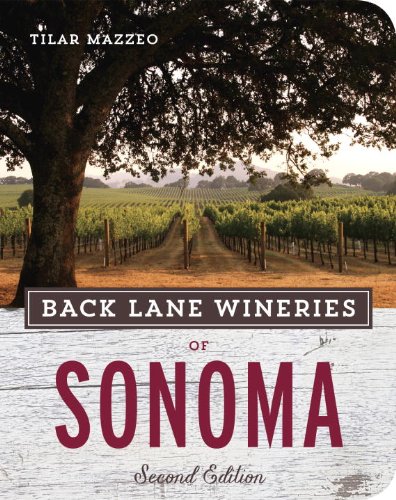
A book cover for Back Lane Wineries of Sonoma, Second Edition; Tilar Mazzeo; Travel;